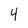
Character: 4